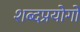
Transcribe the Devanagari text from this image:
शब्दप्रयोगों